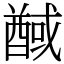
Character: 䤋